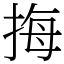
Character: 挴